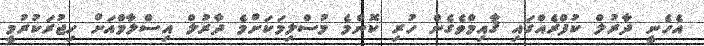
އެހެނީ ދާރުލް ކުފްރެއްގައި ޤާއިމްވެގެން ހުރި ކޮންމެ މުސްލިމަކަށްމެ ދާރުލް އިސްލާމްއަށް ހިޖުރަކުރުމީ